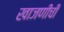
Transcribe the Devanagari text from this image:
खाजणीची